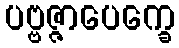
ပဗ္ဗဇ္ဇာပေက္ခေ